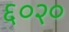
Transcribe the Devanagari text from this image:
६०२०